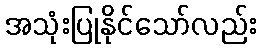
အသုံးပြုနိုင်သော်လည်း